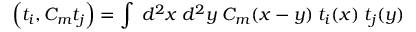
\Big ( t _ { i } , C _ { m } t _ { j } \Big ) = \int \; d ^ { 2 } x \; d ^ { 2 } y \; C _ { m } ( x - y ) \; t _ { i } ( x ) \; t _ { j } ( y )